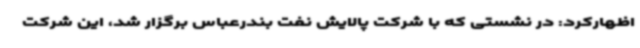
اظهارکرد: در نشستی که با شرکت پالایش نفت بندرعباس برگزار شد، این شرکت